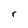
Character: r